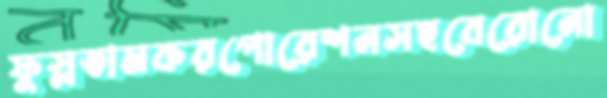
ফুস্‌লতামকরপোরেশনসহবেরোনো